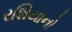
રશિયાનો